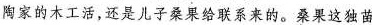
陶家的木工活，还是儿子桑果给联系来的。桑果这独苗